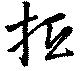
抵